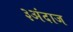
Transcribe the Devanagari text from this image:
३अंदाज